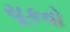
ચૂકવો